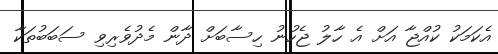
އެކަމަކު ކުއްޖާ އަށް އެ ހާލު ޖެހުނު ހިސާބަށް ދާން މެދުވެރިވި ސަބަބުތަކާ